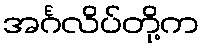
အင်္ဂလိပ်တို့က